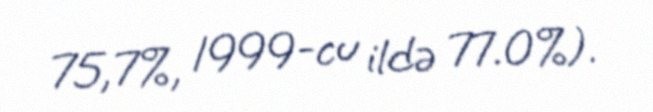
75,7%, 1999-cu ildə 77.0%).